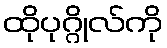
ထိုပုဂ္ဂိုလ်ကို